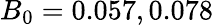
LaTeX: B_{0}=0.057,0.078